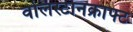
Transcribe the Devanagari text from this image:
वोलस्टोनक्राफ्ट